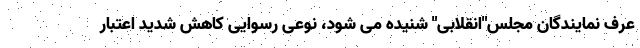
عرف نمایندگان مجلس"انقلابی" شنیده می شود، نوعی رسوایی کاهش شدید اعتبار